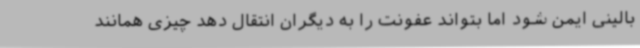
بالینی ایمن شود اما بتواند عفونت را به دیگران انتقال دهد چیزی همانند